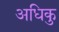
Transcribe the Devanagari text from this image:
अधिकु